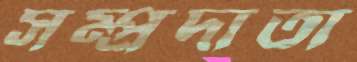
সম্প্রদাতা